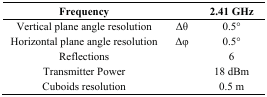
| Frequency |  | 2.41 GHz |
 | --- | --- | --- |
 | Vertical plane angle resolution | Δθ | 0.5° |
 | Horizontal plane angle resolution | Δφ | 0.5° |
 | Reflections |  | 6 |
 | Transmitter Power |  | 18 dBm |
 | Cuboids resolution |  | 0.5 m |